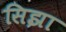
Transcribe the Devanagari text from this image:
सिझा